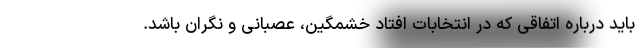
باید درباره اتفاقی که در انتخابات افتاد خشمگین، عصبانی و نگران باشد.